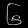
Digit: ၆